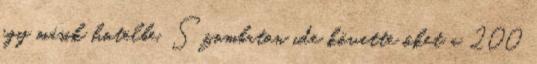
egy másik hotelbe. Szombaton ide követte őket a 200